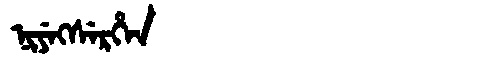
Manchu: ᠨᡳᠶᡝᡴᠰᡝᡵᡥᡝᠨ
Romanization: NIYEKSERHEN